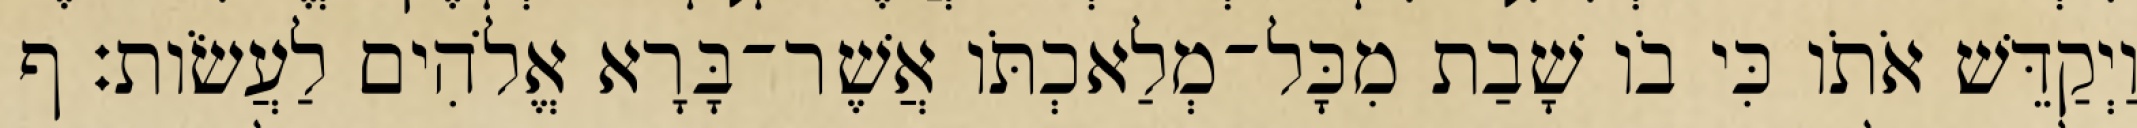
וַיְקַדֵּשׁ אֹתֹו כִּי בֹו שָׁבַת מִכָּל־מְלַאכְתֹּו אֲשֶׁר־בָּרָא אֱלֹהִים לַעֲשֹׂות׃ ף